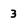
Character: 3